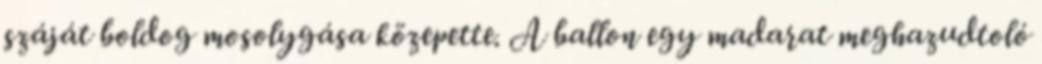
száját boldog mosolygása közepette. A ballon egy madarat meghazudtoló